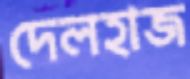
দেলহাজ